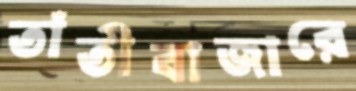
তাঁতীবাজারে